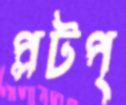
প্লটপ্